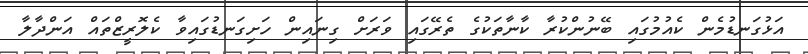
އަޅުގަނޑުމެން ކެއުމުގައި ބޭނުންކުރާ ކާނާތަކުގެ ތެރޭގައި ވަރަށް ގިނައިން ހަށިގަނޑުގައިވާ ކެލޮރީޒްތައް އަންދާލާ